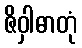
ဇိဝှါဓာတုံ